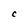
Character: C